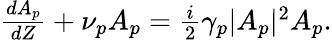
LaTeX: \begin{array}{r}{\frac{dA_{p}}{dZ}+\nu_{p}A_{p}=\frac{i}{2}\gamma_{p}|A_{p}|^{2}A_{p}.}\end{array}